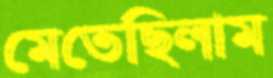
মেতেছিলাম